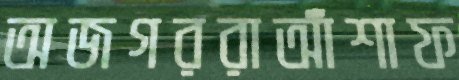
অজগররাআঁশাফ